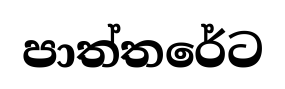
පාත්තරේට